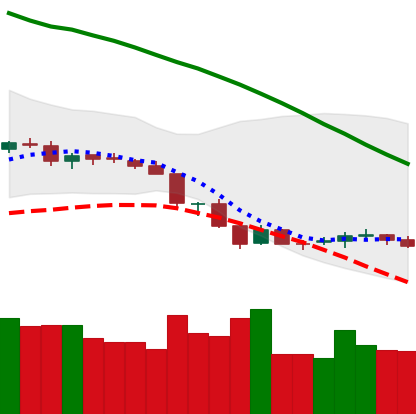
Ticker: NEO-USD
Chart end date: 2018-06-21
Forward return: -19.913%
Label: down_7plus